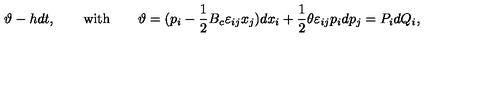
\vartheta - h d t , \qquad \mathrm { w i t h } \qquad \vartheta = ( p _ { i } - \frac { 1 } { 2 } { B _ { c } } \varepsilon _ { i j } x _ { j } ) d x _ { i } + \frac { 1 } { 2 } \theta \varepsilon _ { i j } p _ { i } d p _ { j } = P _ { i } d Q _ { i } ,